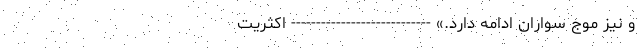
و نیز موج سواران ادامه دارد.» ---------------------------- اکثریت